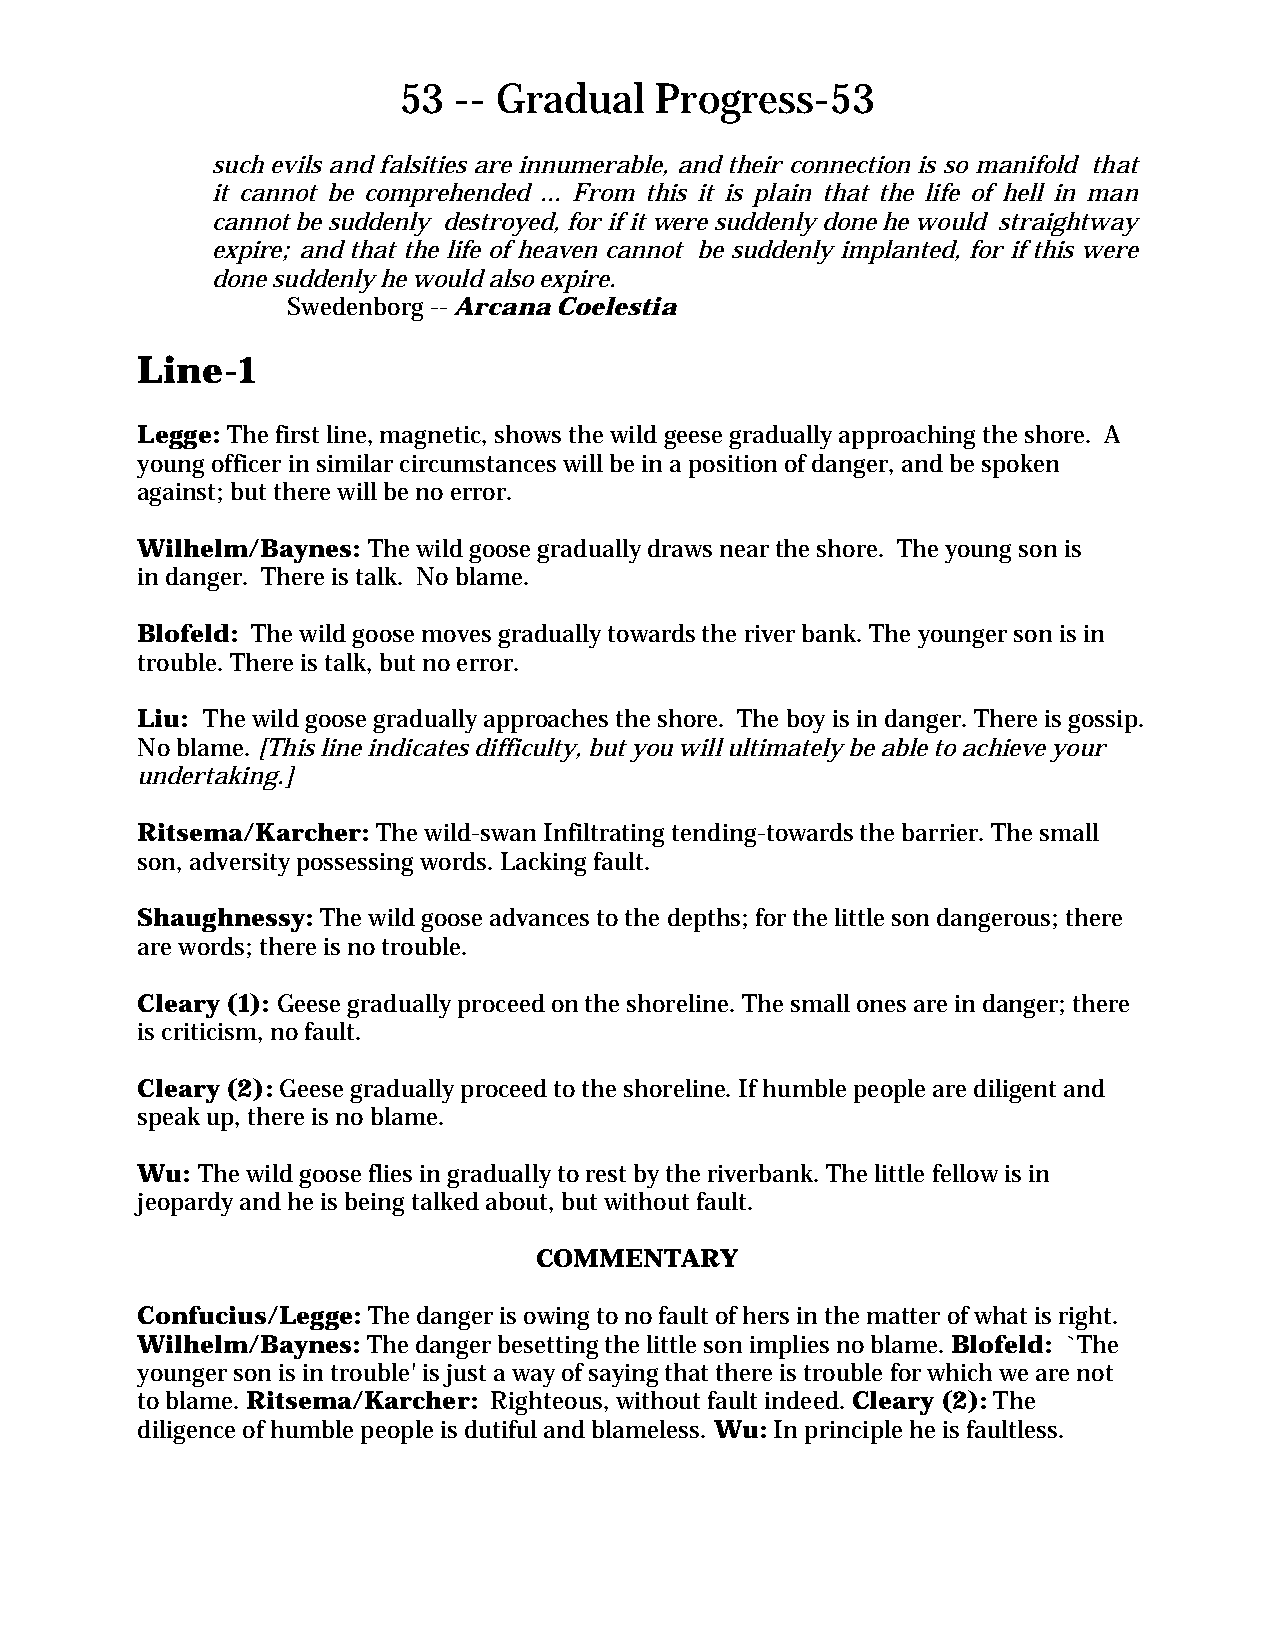
53  -- Gradual   Progress-53
 such evils and falsities are innumerable, and their connection is so manifold that
 it cannot be comprehended ... From this it is plain that the life of hell in man
 cannot be suddenly destroyed, for if it were suddenly done he would straightway
 expire; and that the life of heaven cannot be suddenly implanted, for if this were
 done suddenly he would also expire.
 Swedenborg -- Arcana Coelestia
 Line-1
 Legge: The first line, magnetic, shows the wild geese gradually approaching the shore. A
 young officer in similar circumstances will be in a position of danger, and be spoken
 against; but there will be no error.
 Wilhelm/Baynes: The wild goose gradually draws near the shore. The young son is
 in danger. There is talk. No blame.
 Blofeld: The wild goose moves gradually towards the river bank. The younger son is in
 trouble. There is talk, but no error.
 Liu: The wild goose gradually approaches the shore. The boy is in danger. There is gossip.
 No blame. [This line indicates difficulty, but you will ultimately be able to achieve your
 undertaking.]
 Ritsema/Karcher: The wild-swan Infiltrating tending-towards the barrier. The small
 son, adversity possessing words. Lacking fault.
 Shaughnessy: The wild goose advances to the depths; for the little son dangerous; there
 are words; there is no trouble.
 Cleary (1): Geese gradually proceed on the shoreline. The small ones are in danger; there
 is criticism, no fault.
 Cleary (2): Geese gradually proceed to the shoreline. If humble people are diligent and
 speak up, there is no blame.
 Wu: The wild goose flies in gradually to rest by the riverbank. The little fellow is in
 jeopardy and he is being talked about, but without fault.
 COMMENTARY
 Confucius/Legge: The danger is owing to no fault of hers in the matter of what is right.
 Wilhelm/Baynes: The danger besetting the little son implies no blame. Blofeld: `The
 younger son is in trouble' is just a way of saying that there is trouble for which we are not
 to blame. Ritsema/Karcher: Righteous, without fault indeed. Cleary (2): The
 diligence of humble people is dutiful and blameless. Wu: In principle he is faultless.